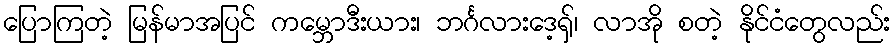
ပြောကြတဲ့ မြန်မာအပြင် ကမ္ဘောဒီးယား၊ ဘင်္ဂလားဒေ့ရှ်၊ လာအို စတဲ့ နိုင်ငံတွေလည်း